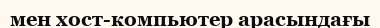
мен хост-компьютер арасындағы